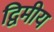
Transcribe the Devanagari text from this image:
द्विमीय